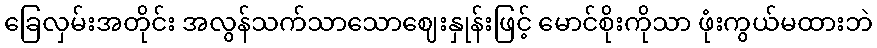
ခြေလှမ်းအတိုင်း အလွန်သက်သာသောဈေးနှုန်းဖြင့် မောင်စိုးကိုသာ ဖုံးကွယ်မထားဘဲ